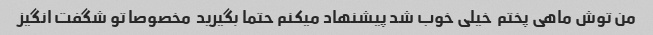
من توش ماهی پختم  خیلی خوب شد پیشنهاد میکنم حتما بگیرید  مخصوصا تو شگفت انگیز